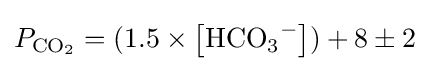
P_{{\ce {CO2}}}=(1.5\times \left[{\ce {HCO3^-}}\right])+8\pm 2